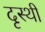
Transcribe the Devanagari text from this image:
दृस्थी